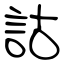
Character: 詁